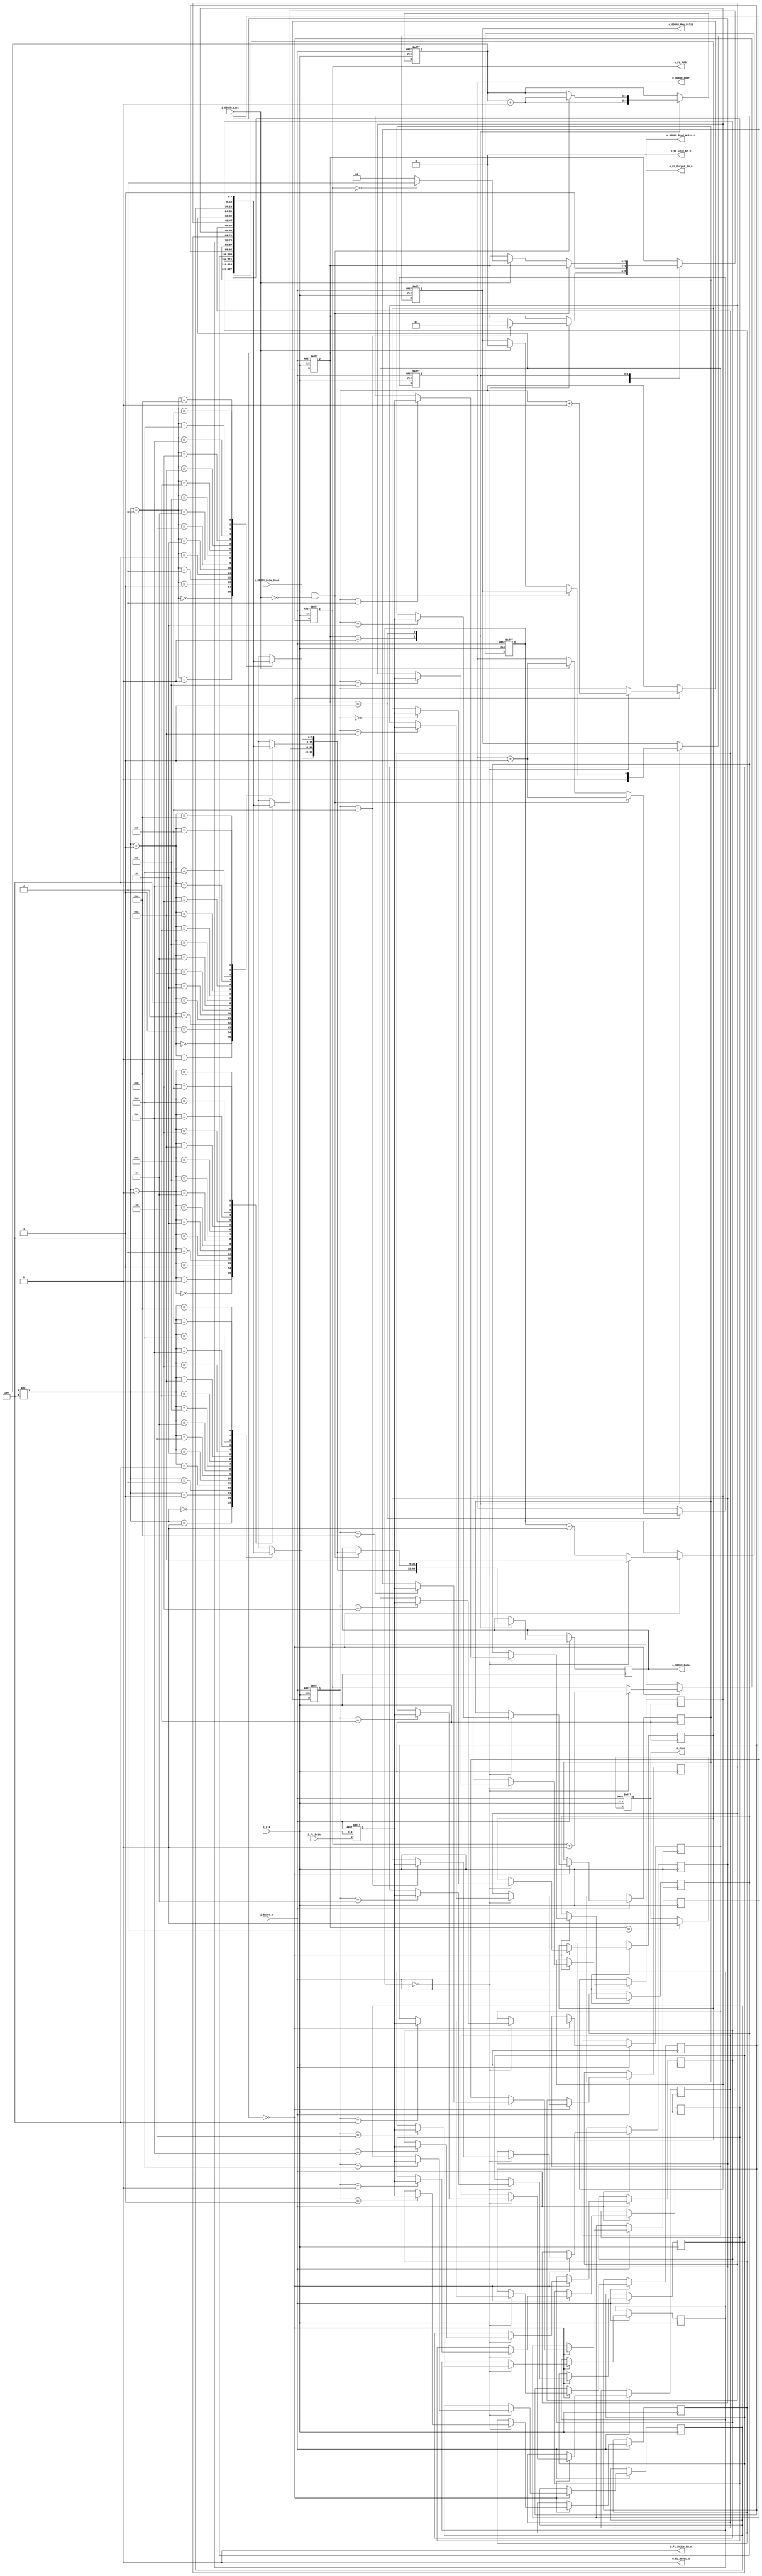
/* flashreader.v
* Last Revision: 1/11/11
* Abstract:
*	After being reset, will automatically copy a given number of words (user
* specified) from flash to main memory. It is possible to specify an offset
* from which to begin the block copy from flash, but typically this should be
* left at 0. Note that it is unadvised to change the period/timing values!!
*/
module flashreader
#(
	// Params for overall access
	parameter WORDS_TO_LOAD = 32'h100000,			// the ultimate loader

	// Params for clock
	parameter CLOCK_PERIOD_PS = 10_000,		// Clock period in ps
	
	// Parameterizations for dram
	
	parameter DRAM_ADDR_WIDTH = 22,				// Bits in the whole address
	parameter DRAM_BASE_ADDR = {DRAM_ADDR_WIDTH{1'b0}},			// Base address to start dumping
	parameter DRAM_DATA_WIDTH = 32,			// Bits per data burst to the dram
	parameter DRAM_DATA_BURST_COUNT = 4,		// How many widths of data the dram expects per write
	
	// Parameterizations for flash
	parameter FLASH_BASE_ADDR = 22'd0,				// Base addr to load from flash
	parameter FLASH_ADDR_WIDTH = 22,				// How many bits in the addr. of flash
	parameter FLASH_DATA_WIDTH = 8,				// Bits per data line
	parameter FLASH_READ_WAIT_TIME_PS = 90000		// How many ps it takes after a read request to provide data
)
(
	// User interface
		// Inputs
	input i_Clk,			// Mem clk
	input i_Reset_n,			// Resets the internal state machine, initiates another copy
	
		// Outputs
	output reg o_Done,			// When finished w/ block copy, done is raised
	
	// SDRAM Interface
		// General interface
	output reg [(DRAM_ADDR_WIDTH-1):0] o_SDRAM_Addr,		// Addr we want to write to
	output reg o_SDRAM_Req_Valid,				// Whether the request is valid or not
	output o_SDRAM_Read_Write_n,					// Whether we're doing a write or not (ALWAYS WRITE)
	
		// Write input data interface
	output reg [(DRAM_DATA_WIDTH-1):0] o_SDRAM_Data,	// The data we are going to write
	input i_SDRAM_Data_Read,						// Feedback from ram - was the data read?
	input i_SDRAM_Last,									// Indicates that the ram is on the last word of the transaction
	
		// Flash interface
	output reg [(FLASH_ADDR_WIDTH-1):0] o_FL_Addr,	// Flash address
	input [(FLASH_DATA_WIDTH-1):0] i_FL_Data,			// Input data from the flash
	output o_FL_Chip_En_n,						// Chip enable
	output o_FL_Output_En_n,							// Output enable
	output o_FL_Write_En_n,							// Write enable
	output o_FL_Reset_n								// Reset
);

// Constants
localparam FLASH_READ_WAIT_CYCLES = ((FLASH_READ_WAIT_TIME_PS/CLOCK_PERIOD_PS) + 4'd1);		// How many cycles that must be waited for after issuing a read req.
localparam FLASH_READS_PER_LINE = ((DRAM_DATA_WIDTH)/(FLASH_DATA_WIDTH))*DRAM_DATA_BURST_COUNT;		// # of flash reads per line for dmem

// Hardwired assignments
	// For dmem
assign o_SDRAM_Read_Write_n = 0;		// Only do writes

	// For flash
assign o_FL_Chip_En_n = 0;							// Flash always on
assign o_FL_Output_En_n = 0;					// Always output (only reading)
assign o_FL_Write_En_n = 1;							// Never write
assign o_FL_Reset_n = 1;						// Do not request resets

// Internal registers
	// Write buffer; data is stored here temporarily before being written out to the main memory
reg [(FLASH_DATA_WIDTH-1):0] dmem_write_buf[(DRAM_DATA_WIDTH/FLASH_DATA_WIDTH)*DRAM_DATA_BURST_COUNT-1:0];

reg [(FLASH_DATA_WIDTH-1):0] FL_Data_Reg;

reg [3:0] FlashReadCount;
reg [3:0] FlashWaitCount;
reg [1:0] DRAMWriteCount;

// States
reg [1:0] State;

localparam FS_LOAD_LINE = 2'd0;
localparam FS_DMEM_REQ = 2'd1;
localparam FS_DMEM_WRITE = 2'd2;
localparam FS_DONE = 2'd3;

always @(posedge i_Clk or negedge i_Reset_n)
begin
	if( ~i_Reset_n )
	begin
		FL_Data_Reg <= 0;
		State <= FS_LOAD_LINE;
		FlashReadCount <= 0;
		FlashWaitCount <= FLASH_READ_WAIT_CYCLES;
		DRAMWriteCount <= 0;
		o_SDRAM_Addr <= DRAM_BASE_ADDR;
		
		o_Done <= 0;
		
		o_FL_Addr <= FLASH_BASE_ADDR;
		o_SDRAM_Req_Valid <= 1'b0;
	end
	else
	begin
		FL_Data_Reg <= i_FL_Data;
		case(State)
			FS_LOAD_LINE:
			begin
				if (FlashWaitCount == 0)
				begin
					o_FL_Addr <= o_FL_Addr+22'd1;
					dmem_write_buf[FlashReadCount] <= FL_Data_Reg;
					FlashReadCount <= FlashReadCount+4'd1;
					FlashWaitCount <= FLASH_READ_WAIT_CYCLES;
					
					if (FlashReadCount == (FLASH_READS_PER_LINE-1))
					begin
						State <= FS_DMEM_REQ;
					end
				end
				else
					FlashWaitCount <= FlashWaitCount-4'd1;
			end
			FS_DMEM_REQ:
			begin
				DRAMWriteCount <= DRAMWriteCount+2'd1;
				o_SDRAM_Data <= {dmem_write_buf[DRAMWriteCount*4],dmem_write_buf[DRAMWriteCount*4+1],dmem_write_buf[DRAMWriteCount*4+2],dmem_write_buf[DRAMWriteCount*4+3]};				
				o_SDRAM_Req_Valid <= 1'b1;
				State <= FS_DMEM_WRITE;
			end
			FS_DMEM_WRITE:
			begin
				if (i_SDRAM_Data_Read & !i_SDRAM_Last)
				begin
					DRAMWriteCount <= DRAMWriteCount+2'd1;
					o_SDRAM_Addr <= o_SDRAM_Addr + 22'd2;
					o_SDRAM_Data <= {dmem_write_buf[DRAMWriteCount*4],dmem_write_buf[DRAMWriteCount*4+1],dmem_write_buf[DRAMWriteCount*4+2],dmem_write_buf[DRAMWriteCount*4+3]};
				end
				else if (i_SDRAM_Last)
				begin				
					o_SDRAM_Req_Valid <= 1'b0;
					o_SDRAM_Addr <= o_SDRAM_Addr + 22'd2;
					if (o_FL_Addr[21:0] == {WORDS_TO_LOAD[19:0],2'b0})
						State <= FS_DONE;
					else
						State <= FS_LOAD_LINE;
				end
			end
			FS_DONE:
			begin
				o_Done <= 1'b1;
			end
		endcase
	end
end

endmodule